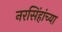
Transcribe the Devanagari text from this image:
नरसिंहांच्या